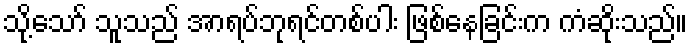
သို့သော် သူသည် အာရပ်ဘုရင်တစ်ပါး ဖြစ်နေခြင်းက ကံဆိုးသည်။